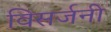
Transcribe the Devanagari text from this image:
विसर्जनी